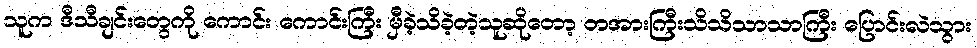
သူက ဒီသီချင်းတွေကို ကောင်း ကောင်းကြီး မှီခဲ့သိခဲ့တဲ့သူဆိုတော့ တအားကြီးသိသိသာသာကြီး ပြောင်းလဲသွား